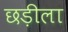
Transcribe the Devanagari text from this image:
छड़ीला